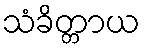
သံခိတ္တာယ